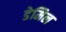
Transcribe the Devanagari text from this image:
डेमिल